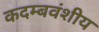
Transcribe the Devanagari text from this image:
कदम्बवंशीय